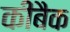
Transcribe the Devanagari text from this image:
कीबैक